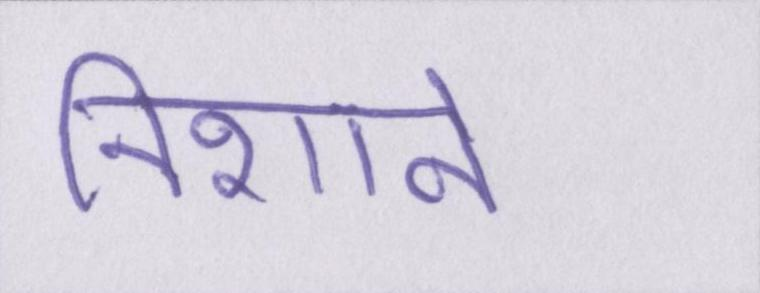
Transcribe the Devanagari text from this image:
निशाने